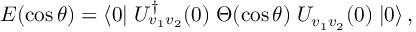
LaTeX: { \cal E } ( \cos \theta ) = \langle 0 | \; U _ { v _ { 1 } v _ { 2 } } ^ { \dagger } ( 0 ) \; \Theta ( \cos \theta ) \; U _ { v _ { 1 } v _ { 2 } } ( 0 ) \; | 0 \rangle \, ,